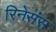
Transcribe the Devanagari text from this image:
रिनेसंस